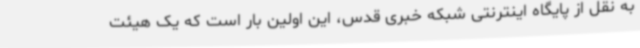
به نقل از پایگاه اینترنتی شبکه خبری قدس، این اولین بار است که یک هیئت